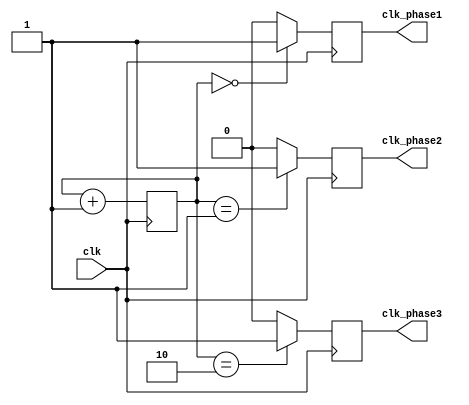
module multi_phase_clock_divider(
  input clk,
  output reg clk_phase1,
  output reg clk_phase2,
  output reg clk_phase3
);

reg [1:0] counter;

always @(posedge clk) begin
  if (counter == 2'b00) begin
    clk_phase1 <= 1'b1;
  end else begin
    clk_phase1 <= 1'b0;
  end

  if (counter == 2'b01) begin
    clk_phase2 <= 1'b1;
  end else begin
    clk_phase2 <= 1'b0;
  end

  if (counter == 2'b10) begin
    clk_phase3 <= 1'b1;
  end else begin
    clk_phase3 <= 1'b0;
  end

  counter <= counter + 1;
end

endmodule